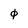
Character: 0